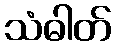
သံဓါတ်